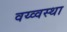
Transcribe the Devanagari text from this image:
वय्व्वस्था